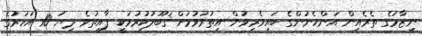
ނިޒާމުގެ ތެރެއިން އަންހެނުންގެ ބައިވެރިވުން އިތުރުވުމަށް ޤަބޫލުކުރުމަކީ ފާއިތުވެ ދިޔަ 10 އަހަރުގެ